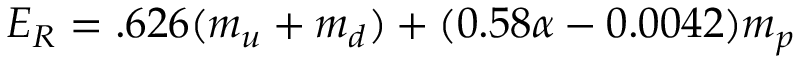
E _ { R } = . 6 2 6 ( m _ { u } + m _ { d } ) + ( 0 . 5 8 \alpha - 0 . 0 0 4 2 ) m _ { p }